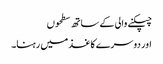
چپکنے والی کے ساتھ سطحوں
اور دوسرے کاغذ میں رہنا۔